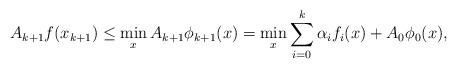
LaTeX: \begin{align*}A_{k+1} f(x_{k+1}) &\leq \min_x A_{k+1} \phi_{k+1}(x) = \min_x \sum_{i=0}^k \alpha_i f_i(x) + A_0\phi_0(x),\end{align*}